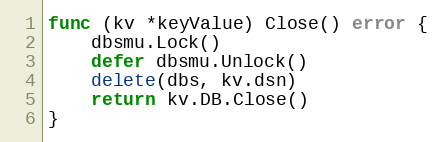
Language: Go
func (kv *keyValue) Close() error {
	dbsmu.Lock()
	defer dbsmu.Unlock()
	delete(dbs, kv.dsn)
	return kv.DB.Close()
}